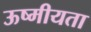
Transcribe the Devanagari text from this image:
ऊष्मीयता